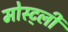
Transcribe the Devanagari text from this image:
मोस्ट्ली